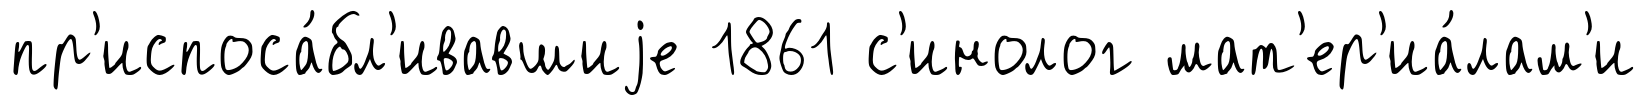
пр'испоса́бл'ивавшиjе 1861 с'инолог мат'ер'иа́лам'и